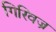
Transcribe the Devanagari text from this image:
गिरिवज्र